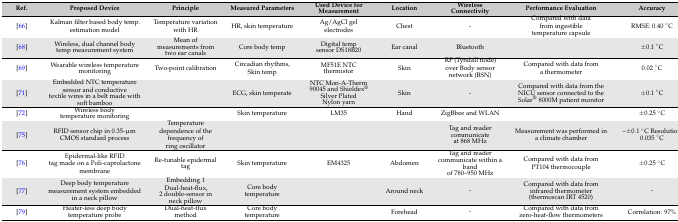
| Ref. | Proposed Device | Principle | Measured Parameters | Used Device for Measurement | Location | Wireless Connectivity | Performance Evaluation | Accuracy |
 | --- | --- | --- | --- | --- | --- | --- | --- | --- |
 | [66] | Kalman filter based body temp. estimation model | Temperature variation with HR | HR, skin temperature | Ag/AgCl gel electrodes | Chest | - | Compared with data from ingestible temperature capsule | RMSE: 0.40 °C |
 | [68] | Wireless, dual channel body temp measurement system | Mean of measurements from two ear canals | Core body temp | Digital temp sensor DS18B20 | Ear canal | Bluetooth |  | ±0.1 °C |
 | [69] | Wearable wireless temperature monitoring | Two-point calibration | Circadian rhythms, Skin temp | MF51E NTC thermistor | Skin | RF (Tyndall node) over Body sensor network (BSN) | Compared with data from a thermometer | 0.02 °C |
 | [71] | Embedded NTC temperature sensor and conductive textile wires in a belt made with soft bamboo |  | ECG, skin temperate | NTC Mon-A-Therm 90045 and Shieldex® Silver Plated Nylon yarn | Skin | - | Compared with data from the NICU sensor connected to the Solar® 8000M patient monitor | ±0.1 °C |
 | [72] | Wireless body temperature monitoring |  | Skin temperature | LM35 | Hand | ZigBbee and WLAN |  | ±0.25 °C |
 | [75] | RFID sensor chip in 0.35-μm CMOS standard process | Temperature dependence of the frequency of ring oscillator |  |  |  | Tag and reader communicate at 868 MHz | Measurement was performed in a climate chamber | ~±0.1°C Resolution: 0.035°C |
 | [76] | Epidermal-like RFID tag made on a Poli-caprolactone membrane | Re-tunable epidermal tag | Skin temperature | EM4325 | Abdomen | Tag and reader communicate within a band of 780–950 MHz | Compared with data from PT104 thermocouple | ±0.25 °C |
 | [77] | Deep body temperature measurement system embedded in a neck pillow | Embedding 1 Dual-heat-flux, 2 double-sensor in neck pillow | Core body temperature |  | Around neck | - | Compared with data from infrared thermometer (thermoscan IRT 4520) | - |
 | [79] | Heater-less deep body temperature probe | Dual-heat-flux method | Core body temperature |  | Forehead | - | Compared with data from zero-heat-flow thermometers | Correlation: 97% |